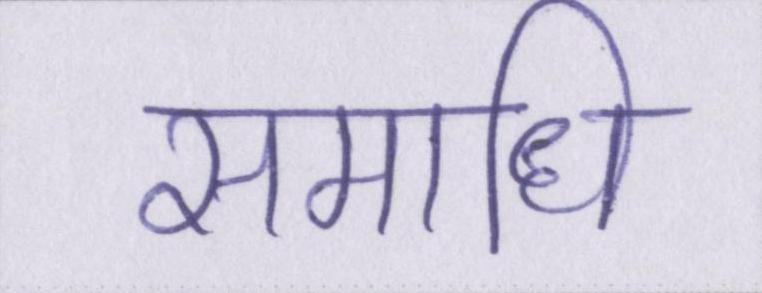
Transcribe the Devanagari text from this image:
समाधि